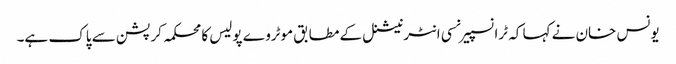
یونس خان نے کہا کہ ٹرانسپیرنسی انٹرنیشنل کے مطابق موٹروے پولیس کا محکمہ کرپشن سے پاک ہے۔